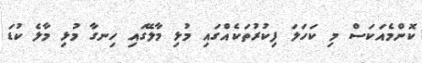
ކޮންމެއަކަސް މި ކަހަލަ ފިކުރުތަކެއްގައި މުޅި މާލޭގައި ހިނގާ މުޅި މާލެ ކުޑަ